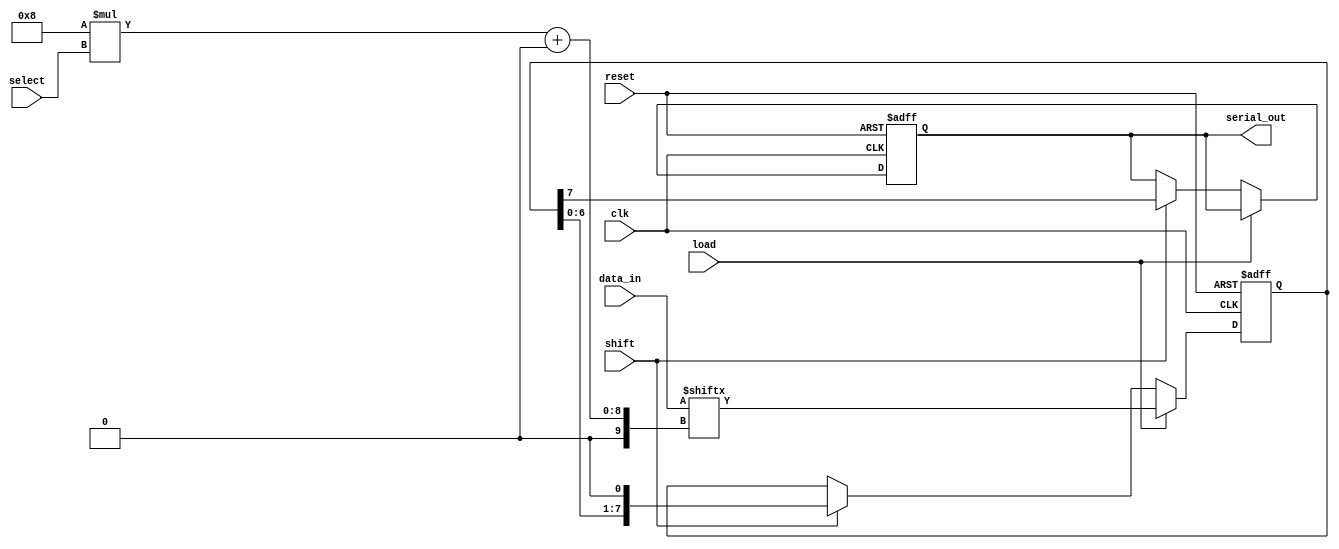
module PISO_Register #(
    parameter N = 4,          // Number of channels
    parameter DATA_WIDTH = 8  // Width of each data channel
) (
    input wire clk,                          // Clock signal
    input wire reset,                        // Reset signal
    input wire load,                         // Load signal
    input wire shift,                        // Shift signal
    input wire [N-1:0] select,              // Channel select lines
    input wire [DATA_WIDTH*N-1:0] data_in, // Parallel data inputs
    output reg serial_out                    // Serial output
);

    reg [DATA_WIDTH-1:0] shift_reg;         // Shift register
    reg [N-1:0] active_channel;              // Determines which channel is active

    // Load data into the shift register
    always @(posedge clk or posedge reset) begin
        if (reset) begin
            shift_reg <= 0;                  // Clear shift register on reset
            serial_out <= 0;                 // Clear serial output on reset
            active_channel <= 0;              // Clear active channel
        end else if (load) begin
            // Load the data from the selected channel
            shift_reg <= data_in[DATA_WIDTH*select[N-1:0] +: DATA_WIDTH];
            active_channel <= select;         // Store the active channel
        end else if (shift) begin
            // Shift data out
            serial_out <= shift_reg[DATA_WIDTH-1]; // Output the MSB
            shift_reg <= {shift_reg[DATA_WIDTH-2:0], 1'b0}; // Shift left
        end
    end

endmodule